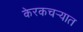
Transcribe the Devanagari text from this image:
केरकचर्‍यात